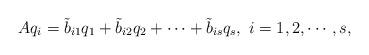
LaTeX: \begin{align*}Aq_i=\tilde{b}_{i1}q_1+\tilde{b}_{i2}q_2+\cdots+\tilde{b}_{is}q_s,~i=1,2,\cdots,s,\end{align*}